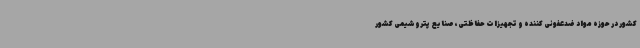
کشور در حوزه مواد ضدعفونی کننده و تجهیزات حفاظتی، صنایع پتروشیمی کشور